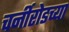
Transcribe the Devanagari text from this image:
चर्नीरोडच्या